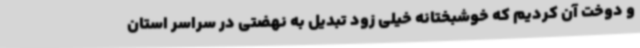
و دوخت آن کردیم که خوشبختانه خیلی زود تبدیل به نهضتی در سراسر استان